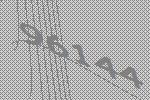
96144